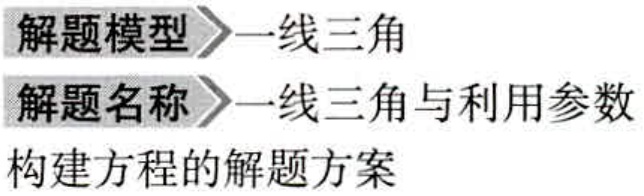
\begin{document}
解题模型$\rhd$一线三角
解题名称$\rhd$一线三角与利用参数
构建方程的解题方案
\end{document}